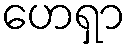
ဟေရှာ